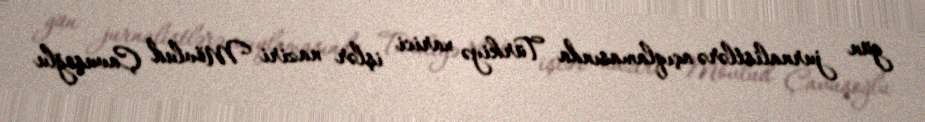
gün jurnalistlərə açıqlamasında Türkiyə xarici işlər naziri Mövlud Çavuşoğlu